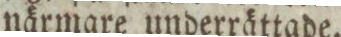
närmare underrättade.